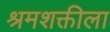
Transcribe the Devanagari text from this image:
श्रमशक्तीला